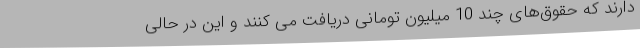
دارند که حقوق‌های چند 10 میلیون تومانی دریافت می کنند و این در حالی